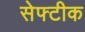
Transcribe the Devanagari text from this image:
सेफ्टीक